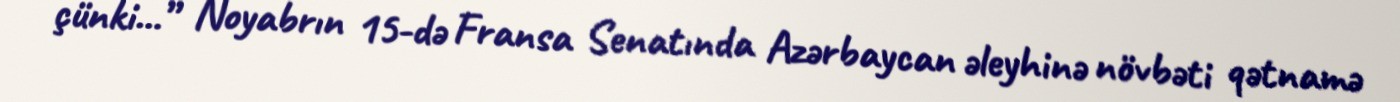
çünki...” Noyabrın 15-də Fransa Senatında Azərbaycan əleyhinə növbəti qətnamə